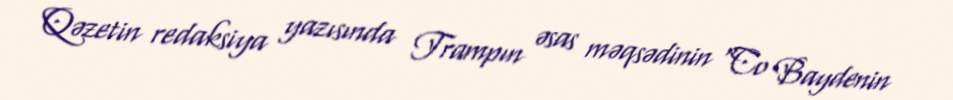
Qəzetin redaksiya yazısında Trampın əsas məqsədinin “Co Baydenin